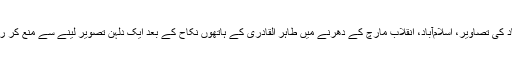
اسلام آباد کی تصاویر، اسلام‌آباد، انقلاب مارچ کے دھرنے میں طاہر القادری کے ہاتھوں نکاح کے بعد ایک دُلہن تصویر لینے سے منع کر رہی ہے۔